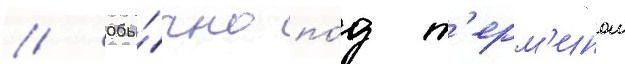
// Обы́чно по́д т'ерм'ином